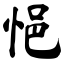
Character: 悒